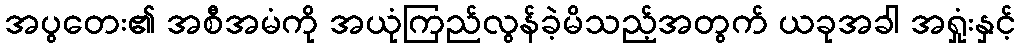
အပွတေး၏ အစီအမံကို အယုံကြည်လွန်ခဲ့မိသည့်အတွက် ယခုအခါ အရှုံးနှင့်